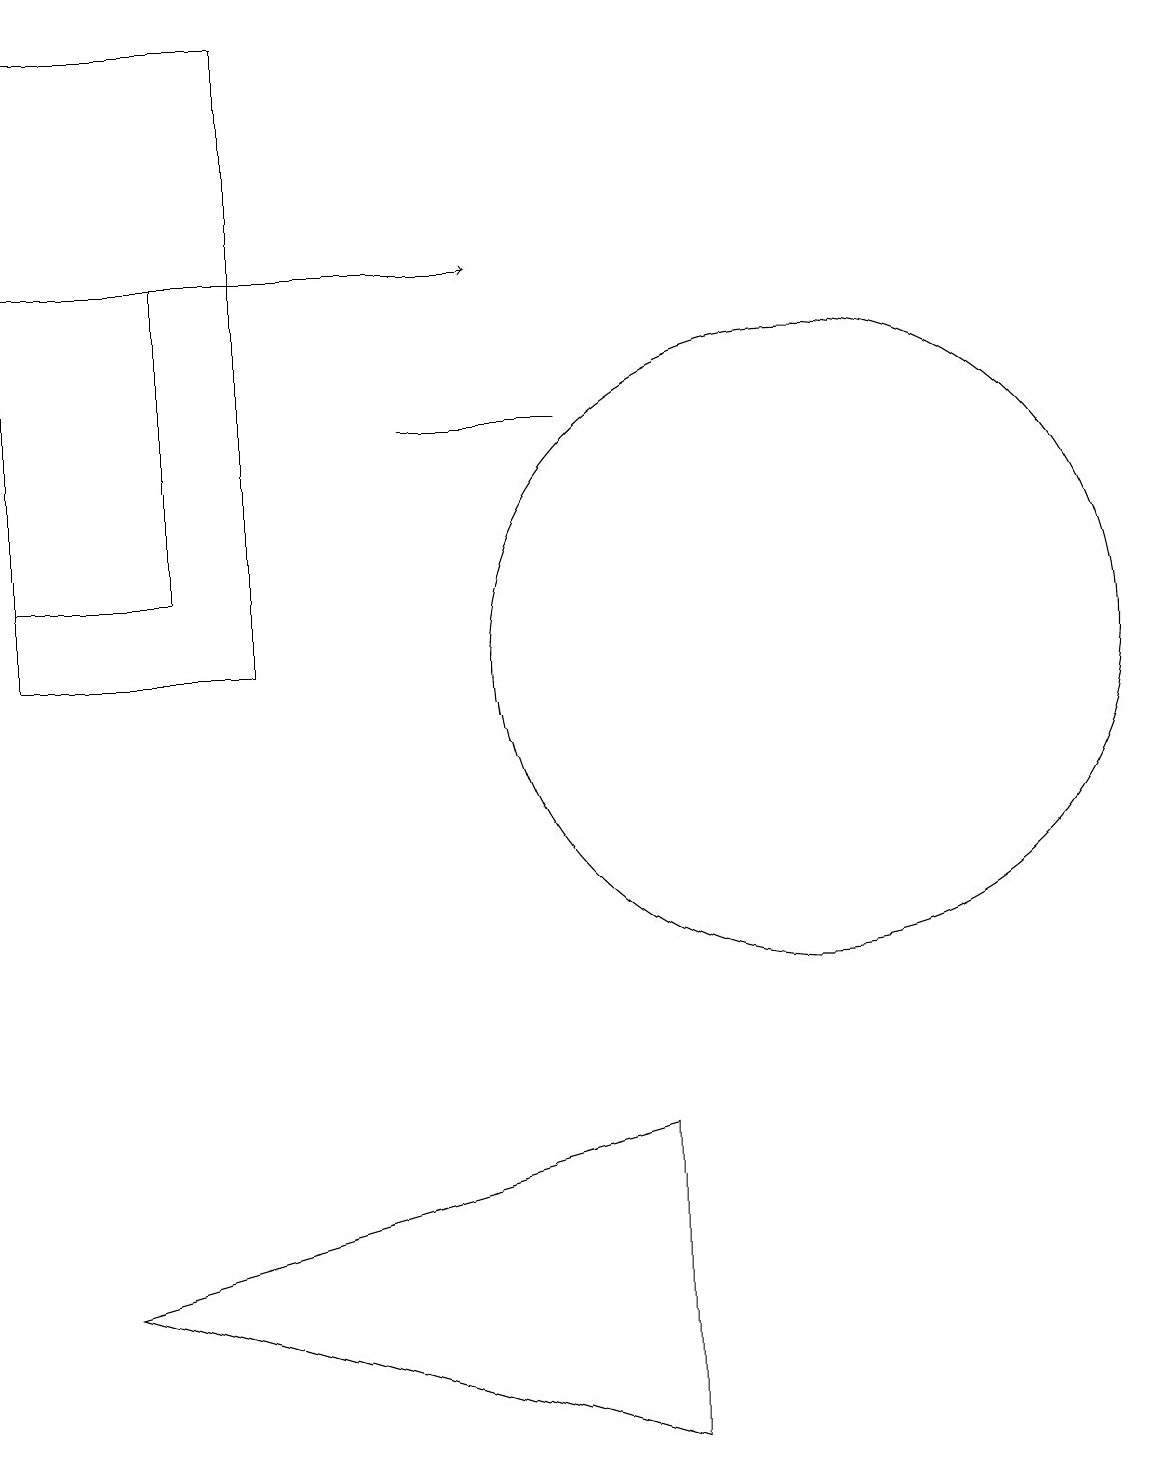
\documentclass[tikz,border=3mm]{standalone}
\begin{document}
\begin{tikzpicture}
\draw (6,13) rectangle (8,13);
\draw (9,4) -- (9,0) -- (2,2) -- cycle;
\draw[->] (2,15) -- (7,15);
\draw (1,10) rectangle (4,18);
\draw (11,10) circle (4);
\draw (3,15) rectangle (1,11);
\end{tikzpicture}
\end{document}